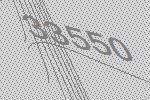
33550